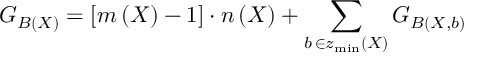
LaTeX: G _ { { \cal B } \left( X \right) } = \left[ m \left( X \right) - 1 \right] \cdot n \left( X \right) + \sum _ { b \, \in z _ { \operatorname * { m i n } } \left( X \right) } G _ { { \cal B } \left( X , b \right) }